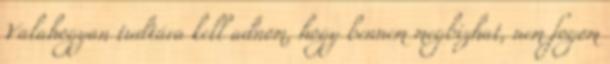
Valahogyan tudtára kell adnom, hogy bennem megbizhat, nem fogom